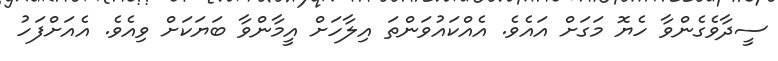
ސީދާވެގެންވާ ހެޔޮ މަގަށް އައެވެ. އެއްކައުވަންތަ އިލާހަށް އީމާންވާ ބަޔަކަށް ވިއެވެ. އެއަށްފަހު